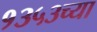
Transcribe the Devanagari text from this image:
१३५३च्या